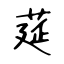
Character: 莚